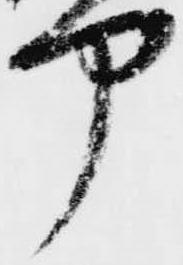
部